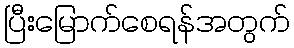
ပြီးမြောက်စေရန်အတွက်